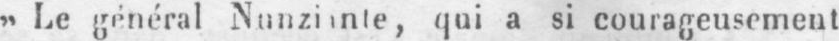
qui a si courageusement